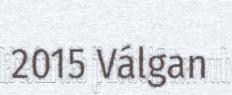
2015 Válgan